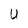
Character: U